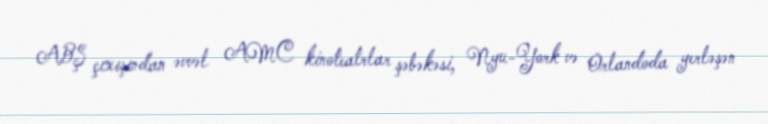
ABŞ çıxışından əvvəl AMC kinoteatrlar şəbəkəsi, Nyu-York və Orlandoda yerləşən